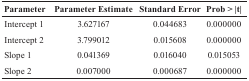
| Parameter | Parameter Estimate | Standard Error | Prob > |t| |
 | --- | --- | --- | --- |
 | Intercept 1 | 3.627167 | 0.044683 | 0.000000 |
 | Intercept 2 | 3.799012 | 0.015608 | 0.000000 |
 | Slope 1 | 0.041369 | 0.016040 | 0.015053 |
 | Slope 2 | 0.007000 | 0.000687 | 0.000000 |